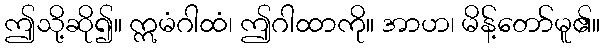
ဤသို့ဆို၍။ ဣမံဂါထံ၊ ဤဂါထာကို။ အာဟ၊ မိန့်တော်မူ၏။